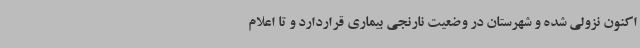
اکنون نزولی شده و شهرستان در وضعیت نارنجی بیماری قراردارد و تا اعلام